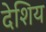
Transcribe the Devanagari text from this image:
देशिय